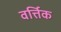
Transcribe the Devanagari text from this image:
वर्त्तिक